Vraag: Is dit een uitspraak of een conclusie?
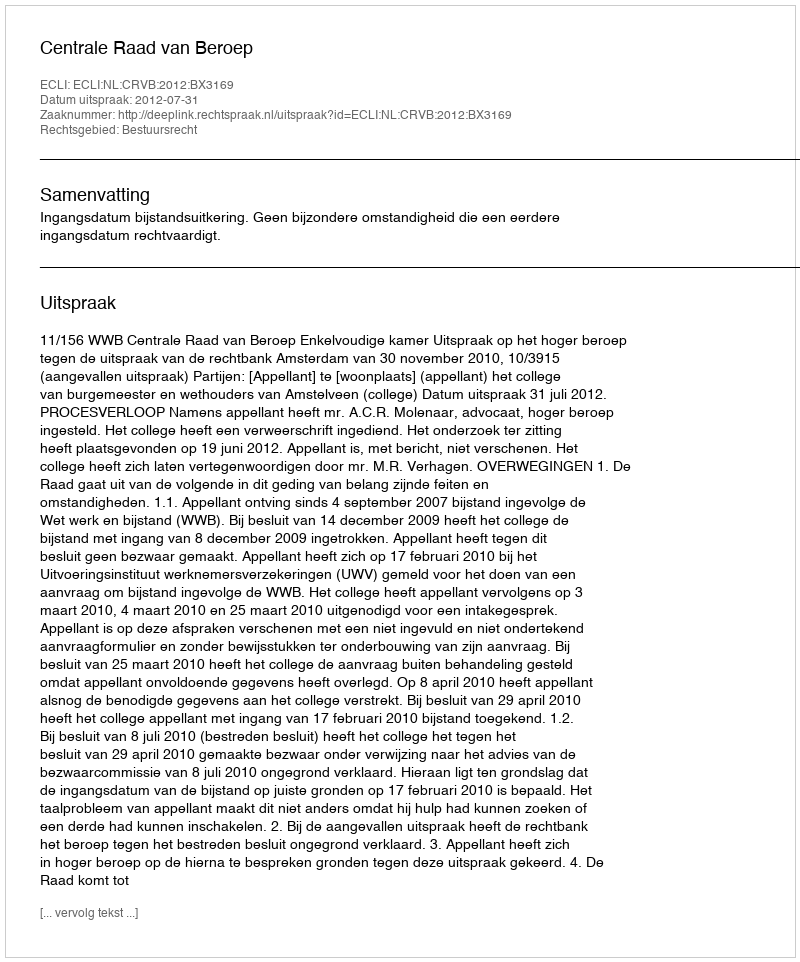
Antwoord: Uitspraak